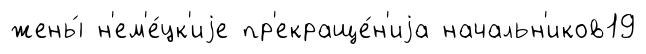
жены́ н'ем'е́цк'иjе пр'екраще́н'иjа начальн'иков19